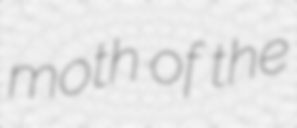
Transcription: moth of the